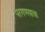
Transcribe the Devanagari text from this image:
परगणयाचा